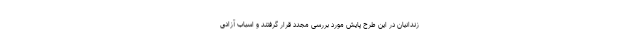
زندانیان در این طرح پایش مورد بررسی مجدد قرار گرفتند و اسباب آزادی